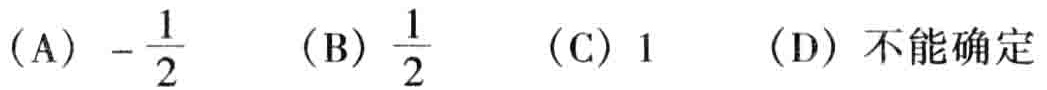
(A) \(-\frac{1}{2}\)  (B) \(\frac{1}{2}\)  (C) \(1\)  (D) 不能确定